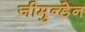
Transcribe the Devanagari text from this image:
जीमुन्डेन